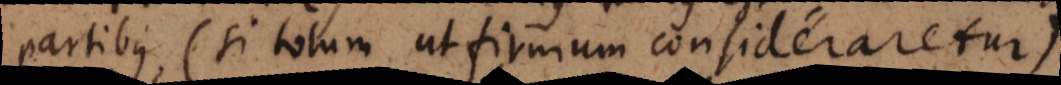
partibus (si totum ut firmum consideraretur)